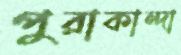
পুরাকান্দা